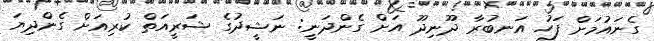
ގެނައުމަށް ފަހު އަނބުރާ ދޫނިދޫ އަށް ގެންދަނީ: ނަޝީދުގެ ޝަރީއަތް ކުރިއަށް ގެންދިޔަ